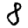
Digit: 8